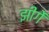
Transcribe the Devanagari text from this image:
झींगें